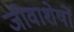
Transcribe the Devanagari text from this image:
जीवाशेषों